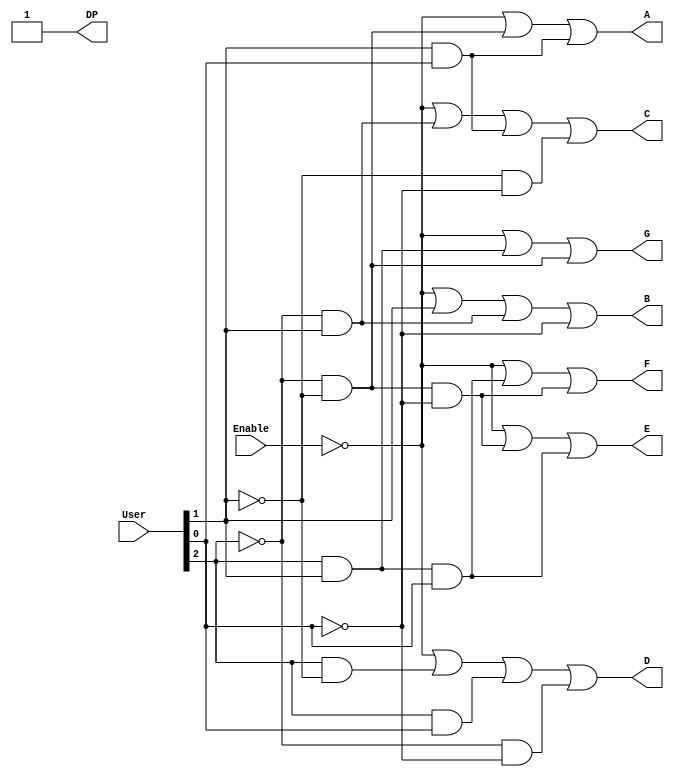
/*
Mdulo responsvel por exibir no display de 7 segmentos o cdigo do usurio
que tem menor prioridade. Ele recebe como entrada o cdigo do usurio
e exibe a no display a letra correspondente ao cdigo do usurio.

Admin - A
Tester - T
User - U
Guest - G

*/
module decodificadorDeDisplay(
    User,
    Enable,
    A,B,C,D,E,F,G,DP
);
    input [2:0] User;
    input Enable;
    output A,B,C,D,E,F,G,DP;
    
    wire NOT_User2, NOT_User1, NOT_User0;
    wire W0, W1, W2, W3, W4, W5, W6, W7, W8, W9, W10, W11, W12, W13, W14;
    wire NOT_Enable;

    not (NOT_User2, User[2]);
    not (NOT_User1, User[1]);
    not (NOT_User0, User[0]);
    not (NOT_Enable, Enable);

    // A
    and (W1, NOT_User2, NOT_User1);
    and (W2, User[1], User[0]);
    or (A, NOT_Enable, W1, W2);

    // B
    or (B, NOT_Enable, User[1], W3, NOT_User0);

    // C
    and (W3, NOT_User2, User[1]);
    and (W4, User[1], User[0]);
    and (W5, NOT_User1, NOT_User0);
    or (C, NOT_Enable, W3, W4, W5);

    // D
    and (W6, User[2], NOT_User1);
    and (W7, User[2], User[0]);
    and (W8, NOT_User2, NOT_User0);
    or (D, NOT_Enable, W6, W7, W8);

    // E
    and (W9, NOT_User2, NOT_User1, NOT_User0);
    and (W10, User[2], User[1], User[0]);
    or (E, NOT_Enable, W9, W10);

    // F
    and (W12, NOT_User2, NOT_User1, NOT_User0);
    and (W11, User[2], User[1], User[0]);
    or (F, NOT_Enable, W11, W12);

    // G
    and (W13, User[2], User[1]);
    and (W14, NOT_User2, NOT_User1);
    or (G, NOT_Enable, W13, W14);
    
    assign DP = 1;

endmodule

module TB_DecodificadorDeDisplay();
    reg [2:0] User;
    reg Enable;
    wire A,B,C,D,E,F,G,DP;

    decodificadorDeDisplay decodificadorDeDisplay(
        User,
        Enable,
        A,B,C,D,E,F,G,DP
    );

    initial begin
        Enable = 1'b1; User = 3'b000; #10; // 111111111 - neutro - nada
        Enable = 1'b1; User = 3'b001; #10; // 10000011 - user - U
        Enable = 1'b1; User = 3'b010; #10; // 01110001 - invalido - F
        Enable = 1'b1; User = 3'b011; #10; // 11100001 - tester - T
        Enable = 1'b1; User = 3'b100; #10; // 01110001 - invalido - F
        Enable = 1'b1; User = 3'b101; #10; // 00010001 - admin - A
        Enable = 1'b1; User = 3'b110; #10; // 01000011 - guest = G 
        Enable = 1'b1; User = 3'b111; #10; // 111111111 - neutro - nada

        Enable = 1'b0; User = 3'b000; #10; // 111111111 - neutro - nada
        Enable = 1'b0; User = 3'b001; #10; // 111111111 - neutro - nada
        Enable = 1'b0; User = 3'b010; #10; // 111111111 - neutro - nada
        Enable = 1'b0; User = 3'b011; #10; // 111111111 - neutro - nada
        Enable = 1'b0; User = 3'b100; #10; // 111111111 - neutro - nada
        Enable = 1'b0; User = 3'b101; #10; // 111111111 - neutro - nada
        Enable = 1'b0; User = 3'b110; #10; // 111111111 - neutro - nada
        Enable = 1'b0; User = 3'b111; #10; // 111111111 - neutro - nada
    end
endmodule